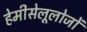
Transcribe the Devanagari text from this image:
हेमीसेलूलोजों